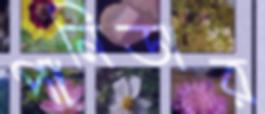
পানিডার